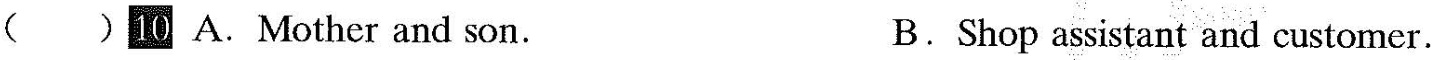
()0 A.Mother and son. B.Shop assistant and customer.